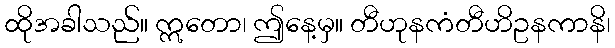
ထိုအခါသည်။ ဣတော၊ ဤနေ့မှ။ တီဟုနကံတီဟိဥနကာနိ၊